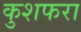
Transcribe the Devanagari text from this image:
कुशफरा